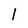
Character: l